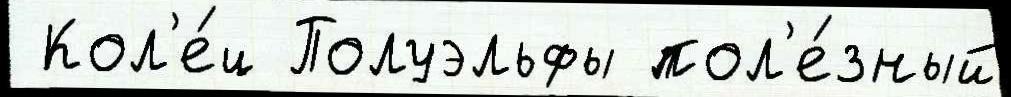
 Кол'е́ц Полуэльфы пол'е́зный